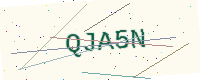
Text: QJA5N